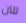
للآن